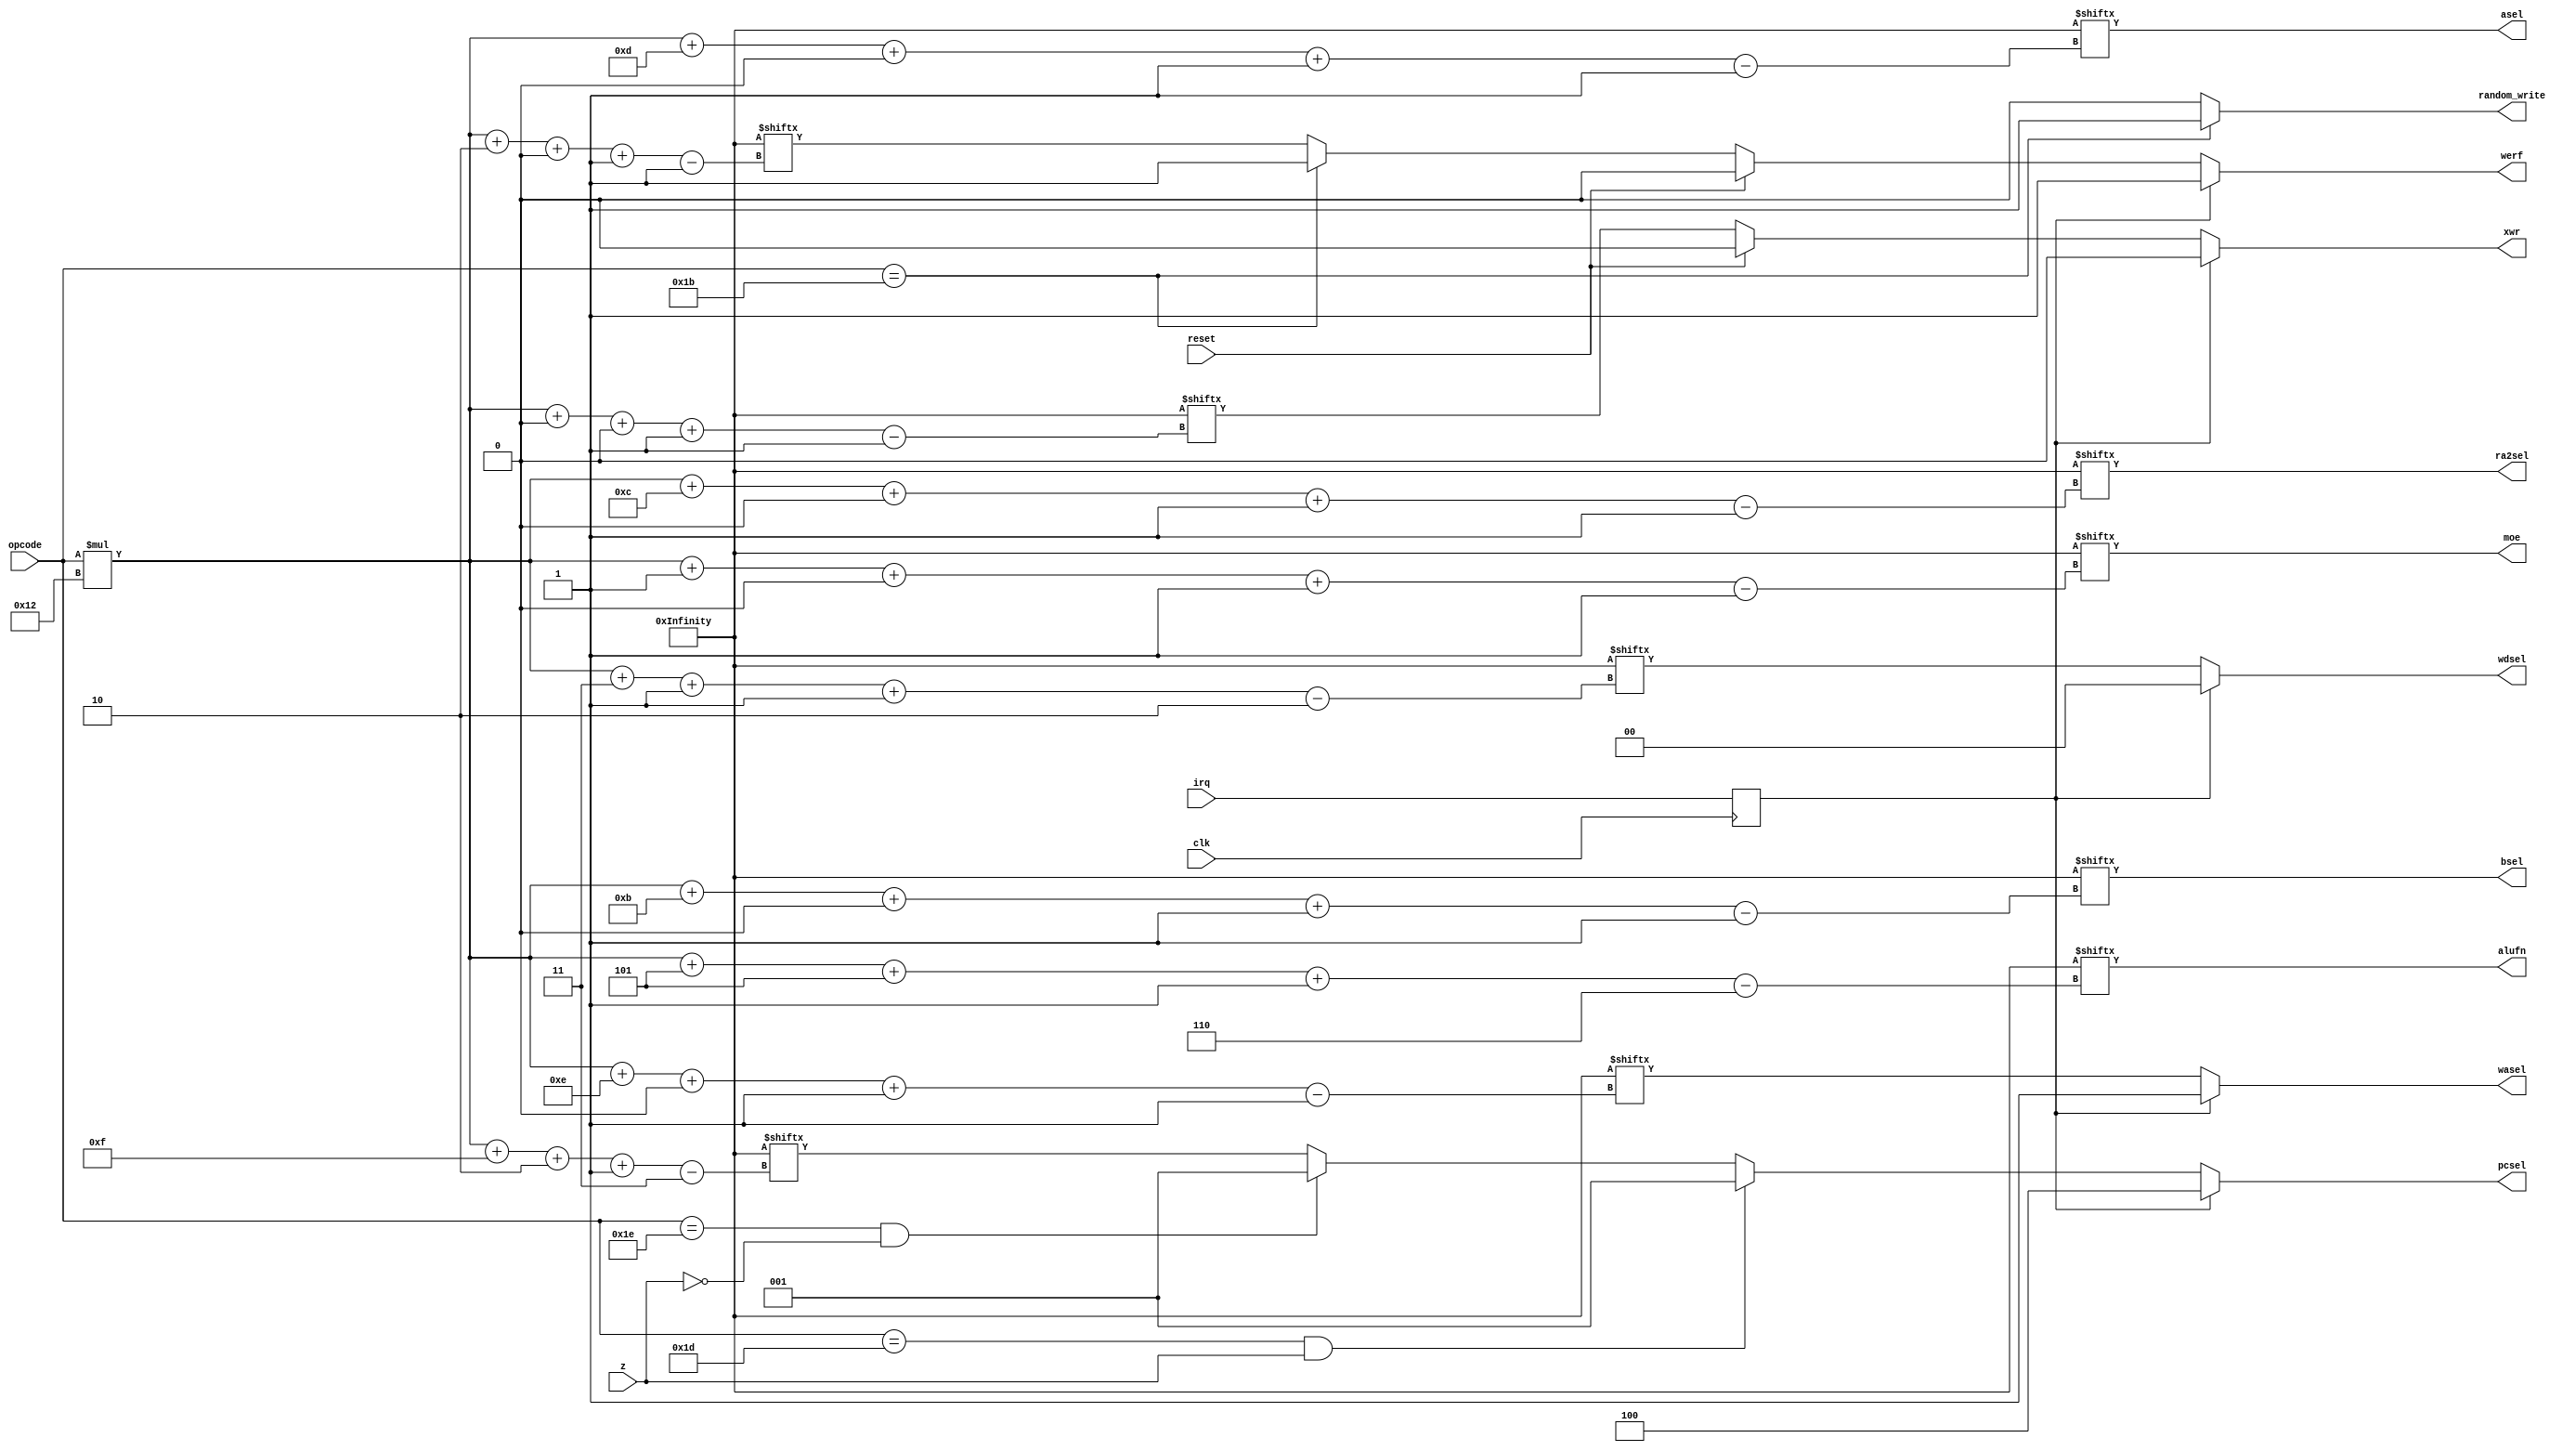
/*
   This file was generated automatically by Alchitry Labs version 1.2.1.
   Do not edit this file directly. Instead edit the original Lucid source.
   This is a temporary file and any changes made to it will be destroyed.
*/

module control_unit_10 (
    input clk,
    input irq,
    input z,
    input reset,
    input [5:0] opcode,
    output reg [2:0] pcsel,
    output reg wasel,
    output reg asel,
    output reg ra2sel,
    output reg bsel,
    output reg [5:0] alufn,
    output reg [1:0] wdsel,
    output reg werf,
    output reg moe,
    output reg xwr,
    output reg random_write
  );
  
  
  
  localparam CU_ROM = 1152'h700100c6c030b00c0c700100acc02f300b0c700100eec03ab00e6c70011c004020b0080c70010046c010b0040c7001002cc00f30030c7001006ec01ab0066c70011c004000b0000c08d58234408d11c00400031c00406004081670011c00470011c00470011c00470011c00470011c00470011c00470011c00470011c00470011c00470011c00470011c00470011c004;
  
  reg M_irq_sampler_d, M_irq_sampler_q = 1'h0;
  
  always @* begin
    M_irq_sampler_d = M_irq_sampler_q;
    
    M_irq_sampler_d = irq;
    random_write = 1'h0;
    pcsel = CU_ROM[(opcode)*18+15+2-:3];
    wasel = CU_ROM[(opcode)*18+14+0-:1];
    asel = CU_ROM[(opcode)*18+13+0-:1];
    ra2sel = CU_ROM[(opcode)*18+12+0-:1];
    bsel = CU_ROM[(opcode)*18+11+0-:1];
    alufn = CU_ROM[(opcode)*18+5+5-:6];
    wdsel = CU_ROM[(opcode)*18+3+1-:2];
    werf = CU_ROM[(opcode)*18+2+0-:1];
    moe = CU_ROM[(opcode)*18+1+0-:1];
    xwr = CU_ROM[(opcode)*18+0+0-:1];
    if (opcode == 6'h1d && z == 1'h1) begin
      pcsel = 3'h1;
    end else begin
      if (opcode == 6'h1e && z == 1'h0) begin
        pcsel = 3'h1;
      end
    end
    if (opcode == 6'h1b) begin
      werf = 1'h1;
      random_write = 1'h1;
    end
    if (reset) begin
      xwr = 1'h0;
      werf = 1'h0;
    end
    if (M_irq_sampler_q == 1'h1) begin
      pcsel = 3'h4;
      wasel = 1'h1;
      werf = 1'h1;
      wdsel = 2'h0;
      xwr = 1'h0;
    end
  end
  
  always @(posedge clk) begin
    M_irq_sampler_q <= M_irq_sampler_d;
  end
  
endmodule